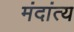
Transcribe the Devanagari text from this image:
मंदांत्य